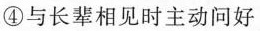
④与长辈相见时主动问好